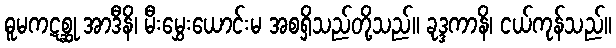
ဓူမကဋစ္ဆု အာဒီနိ၊ မီးမွှေးယောင်းမ အစရှိသည်တို့သည်။ ခုဒ္ဒကာနိ၊ ငယ်ကုန်သည်။